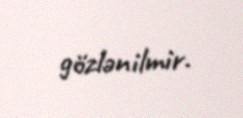
gözlənilmir.